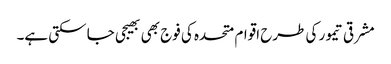
مشرقی تیمور کی طرح اقوام متحدہ کی فوج بھی بھیجی جا سکتی ہے۔